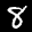
Label: 8